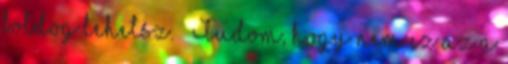
boldog lehetsz. – Tudom, hogy nem ez az a